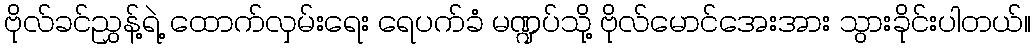
ဗိုလ်ခင်ညွှန့်ရဲ့ ထောက်လှမ်းရေး ရေပက်ခံ မဏ္ဍပ်သို့ ဗိုလ်မောင်အေးအား သွားခိုင်းပါတယ်။